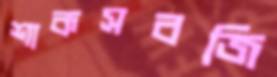
শাকসবজি